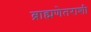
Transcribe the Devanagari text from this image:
ब्राह्मणेतराशी